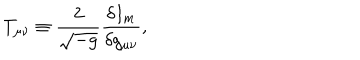
T _ { \mu \nu } \equiv \frac { 2 } { \sqrt { - g } } \frac { \delta I _ { m } } { \delta g _ { \mu \nu } } ,